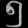
Digit: ၅